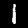
Label: 1